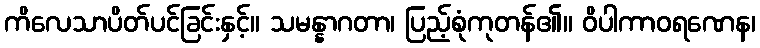
ကိလေသာပိတ်ပင်ခြင်းနှင့်။ သမန္နာဂတာ၊ ပြည့်စုံကုတန်၏။ ဝိပါကာဝရဏေန၊